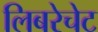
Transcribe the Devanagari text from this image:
लिबरेचेट